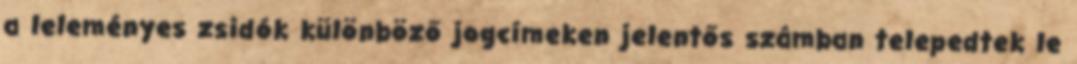
a leleményes zsidók különböző jogcímeken jelentős számban telepedtek le